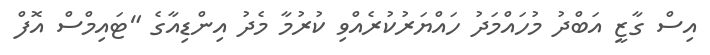
އިސް ގާޒީ އަބްދު މުހައްމަދު ހައްޔަރުކުރެއްވި ކުރުމާ މެދު އިންޑިއާގެ "ޓައިމްސް އޮފް